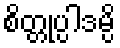
စိတ္တုပ္ပါဒမ္ပိ